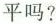
平吗?